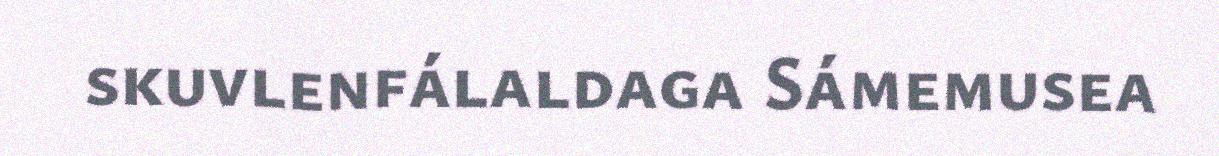
skuvlenfálaldaga Sámemusea